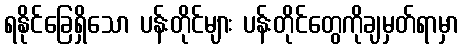
ရနိုင်ခြေရှိသော ပန်းတိုင်များ ပန်းတိုင်တွေကိုချမှတ်ရာမှာ